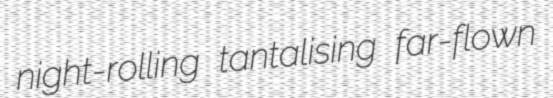
night-rolling tantalising far-flown